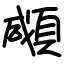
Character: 顑